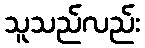
သူသည်လည်း